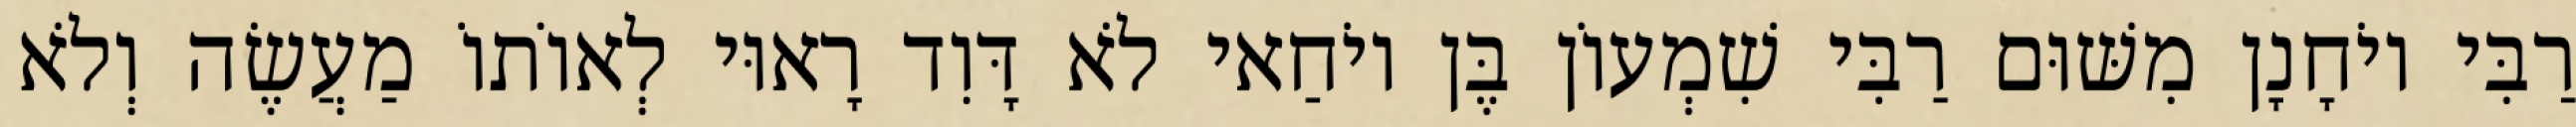
רַבִּי יוֹחָנָן מִשּׁוּם רַבִּי שִׁמְעוֹן בֶּן יוֹחַאי לֹא דָּוִד רָאוּי לְאוֹתוֹ מַעֲשֶׂה וְלֹא